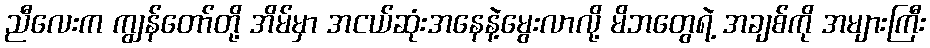
ညီလေးက ကျွန်တော်တို့ အိမ်မှာ အငယ်ဆုံးအနေနဲ့မွေးလာလို့ မိဘတွေရဲ့ အချစ်ကို အများကြီး